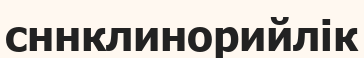
сннклинорийлік